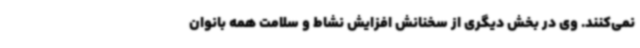
نمی‌کنند. وی در بخش دیگری از سخنانش افزایش نشاط و سلامت همه بانوان